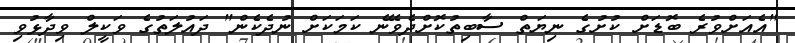
"އެއަށްވުރެ ބޮޑަށް ކުށުގެ ނިޔަތް ސާބިތުކޮށްދެވޭނެ ކަމަކަށް ނުދެކެން" ދައުލަތުގެ ވަކީލް ވިދާޅުވި